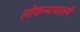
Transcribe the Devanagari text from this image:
लोकन्यायालये